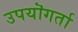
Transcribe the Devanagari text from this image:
उपयॊगर्ता